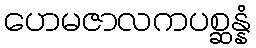
ဟေမဇာလကပစ္ဆန္နံ